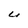
Character: U